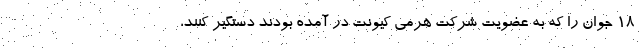
۱۸ جوان را که به عضویت شرکت هرمی کیونت در آمده بودند دستگیر کنند،